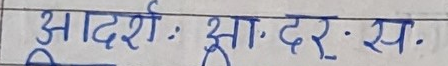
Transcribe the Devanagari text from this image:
आदर्शः झा. दर. स.